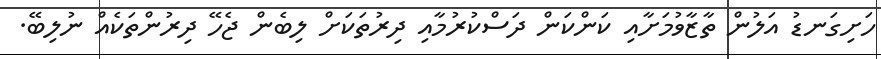
ހަށިގަނޑު އަލުން ތާޒާވުމަށާއި ކަންކަން ދަސްކުރުމާއި ދިރުތަކަށް ލިބެން ޖެހޭ ދިރުންތަކެއް ނުލިބޭ.